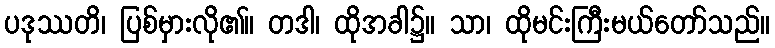
ပဒုဿတိ၊ ပြစ်မှားလို၏။ တဒါ၊ ထိုအခါ၌။ သာ၊ ထိုမင်းကြီးမယ်တော်သည်။